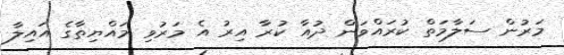
މަރުން ސަލާމަތް ކުރައްވަން ދުއާ ކުރާ އިރު އެ މަރުވި މައްޔިތާގެ އައިލާ